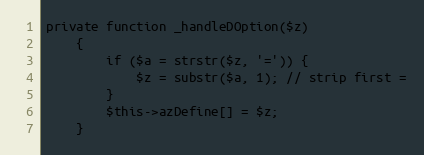
Language: PHP
private function _handleDOption($z)
    {
        if ($a = strstr($z, '=')) {
            $z = substr($a, 1); // strip first =
        }
        $this->azDefine[] = $z;
    }